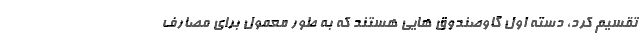
تقسیم کرد، دسته اول گاوصندوق­ هایی هستند که به طور معمول برای مصارف